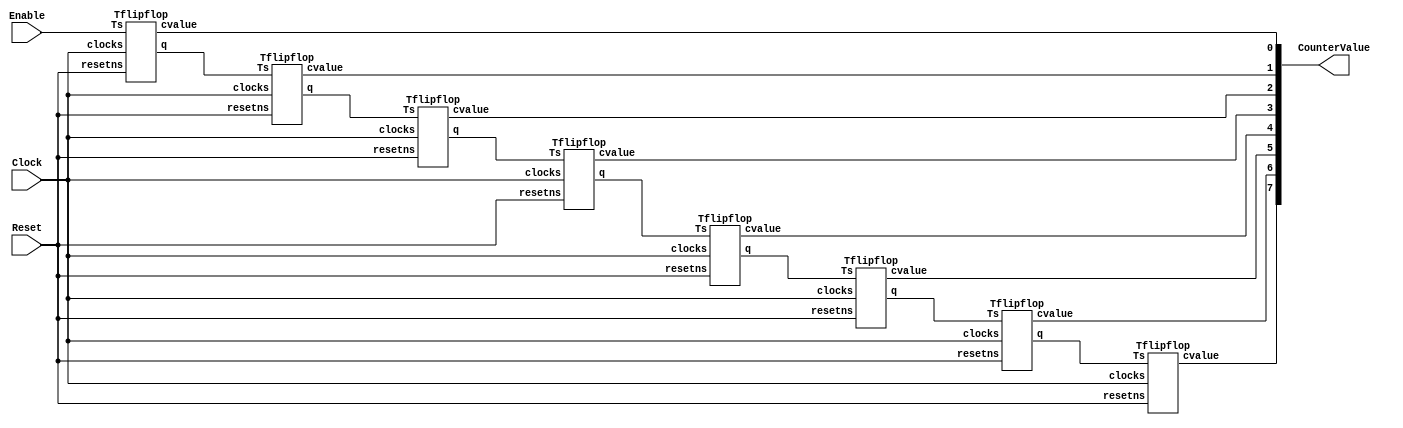
module part1(Clock,Enable,Reset,CounterValue);
input Clock,Enable,Reset;
output [7:0] CounterValue;
wire [6:0] g1;



Tflipflop f0(.Ts(Enable),.clocks(Clock),.resetns(Reset),.q(g1[0]),.cvalue(CounterValue[0]));
Tflipflop f1(.Ts(g1[0]),.clocks(Clock),.resetns(Reset),.q(g1[1]),.cvalue(CounterValue[1]));
Tflipflop f2(.Ts(g1[1]),.clocks(Clock),.resetns(Reset),.q(g1[2]),.cvalue(CounterValue[2]));
Tflipflop f3(.Ts(g1[2]),.clocks(Clock),.resetns(Reset),.q(g1[3]),.cvalue(CounterValue[3]));
Tflipflop f4(.Ts(g1[3]),.clocks(Clock),.resetns(Reset),.q(g1[4]),.cvalue(CounterValue[4]));
Tflipflop f5(.Ts(g1[4]),.clocks(Clock),.resetns(Reset),.q(g1[5]),.cvalue(CounterValue[5]));
Tflipflop f6(.Ts(g1[5]),.clocks(Clock),.resetns(Reset),.q(g1[6]),.cvalue(CounterValue[6]));
Tflipflop f7(.Ts(g1[6]),.clocks(Clock),.resetns(Reset),.cvalue(CounterValue[7]));

endmodule 



module Tflipflop(Ts,clocks,resetns,q,cvalue);
input Ts,clocks,resetns;
output q,cvalue;
wire r1;

wire p1;
assign p1=Ts^r1;

D_flipflop b1(.clock(clocks),.resetn(resetns),.Q(r1),.D(p1));


assign q= (Ts&r1);
assign cvalue=r1;

endmodule


module D_flipflop(clock,resetn,Q,D);
input clock,D,resetn;
output reg Q;


always @ (posedge clock) 
if (resetn==1)
Q<=0;
else 
Q<=D;


endmodule